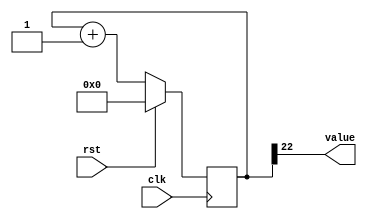
/*
   This file was generated automatically by the Mojo IDE version B1.3.5.
   Do not edit this file directly. Instead edit the original Lucid source.
   This is a temporary file and any changes made to it will be destroyed.
*/

/*
   Parameters:
     SIZE = 1
     DIV = 22
     TOP = 0
     UP = 1
*/
module counter_4 (
    input clk,
    input rst,
    output reg [0:0] value
  );
  
  localparam SIZE = 1'h1;
  localparam DIV = 5'h16;
  localparam TOP = 1'h0;
  localparam UP = 1'h1;
  
  
  reg [22:0] M_ctr_d, M_ctr_q = 1'h0;
  
  localparam MAX_VALUE = 23'h3fffff;
  
  always @* begin
    M_ctr_d = M_ctr_q;
    
    value = M_ctr_q[22+0-:1];
    if (1'h1) begin
      M_ctr_d = M_ctr_q + 1'h1;
      if (1'h0 && M_ctr_q == 23'h3fffff) begin
        M_ctr_d = 1'h0;
      end
    end else begin
      M_ctr_d = M_ctr_q - 1'h1;
      if (1'h0 && M_ctr_q == 1'h0) begin
        M_ctr_d = 23'h3fffff;
      end
    end
  end
  
  always @(posedge clk) begin
    if (rst == 1'b1) begin
      M_ctr_q <= 1'h0;
    end else begin
      M_ctr_q <= M_ctr_d;
    end
  end
  
endmodule